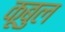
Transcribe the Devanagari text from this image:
कूबुल